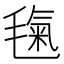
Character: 𣯘